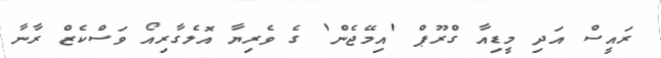
ރައީސް އަދި މީޑިއާ ގްރޫޕް 'އިމޭޖެން' ގެ ވެރިޔާ އޮލެގާރިއޯ ވަސްކެޒް ރާނާ